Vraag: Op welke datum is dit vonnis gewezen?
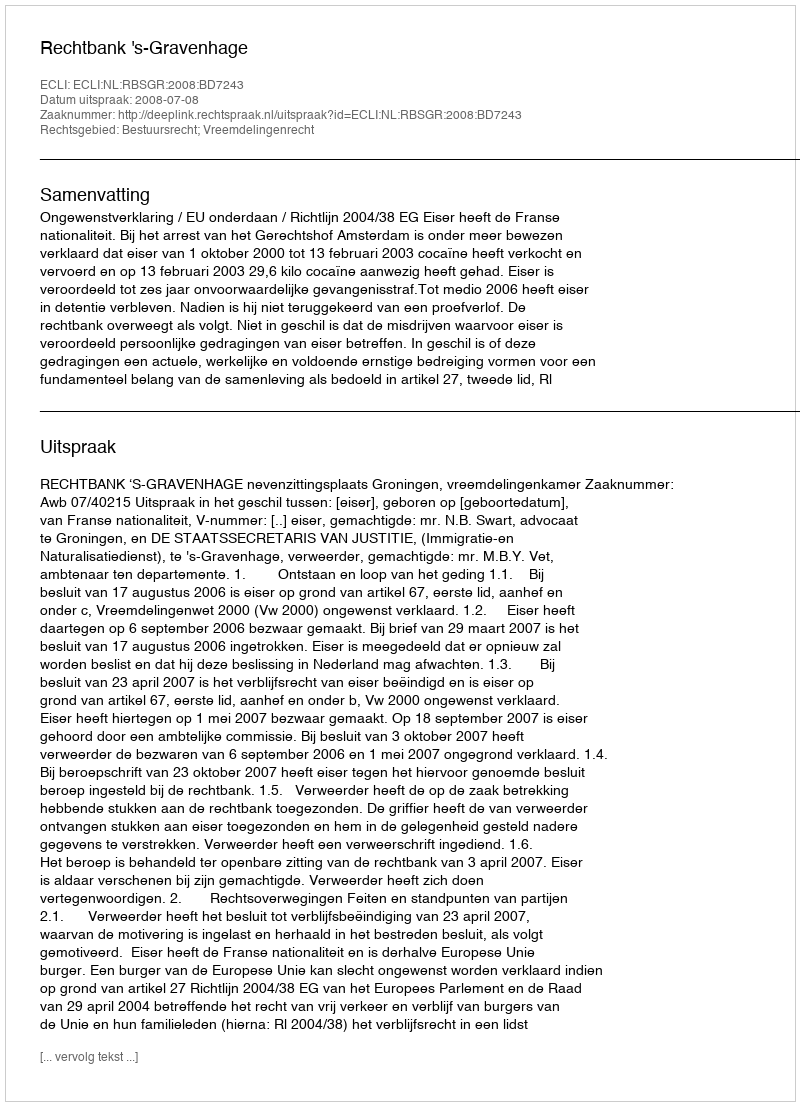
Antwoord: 2008-07-08